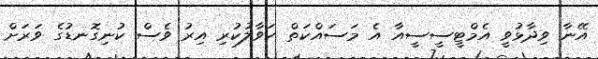
އޭނާ ވިދާޅުވީ އެމްޓީސީސީއާ އެ މަސައްކަތް ހަވާލުކުރި އިރު ވެސް ކުނިގޮނޑުގެ ވަރަށް